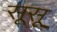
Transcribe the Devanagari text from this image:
सूसू